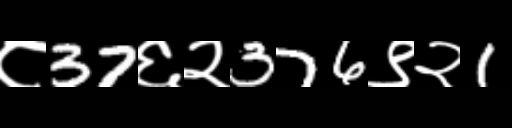
Text: ८37६२376९२1